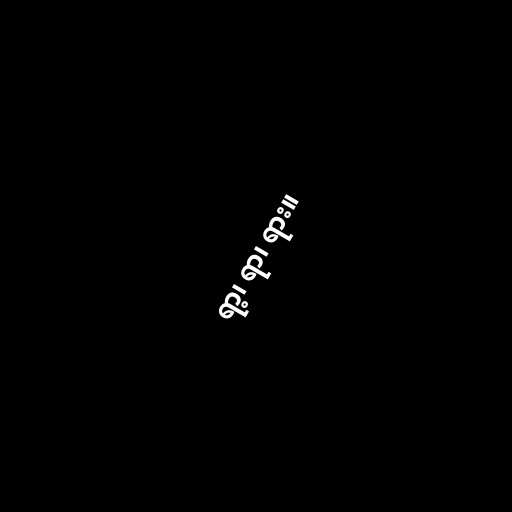
ရာ့၊ ရာ၊ ရား။